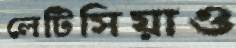
লেটিসিয়াও